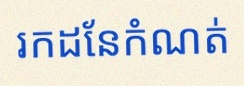
រកដែនកំណត់